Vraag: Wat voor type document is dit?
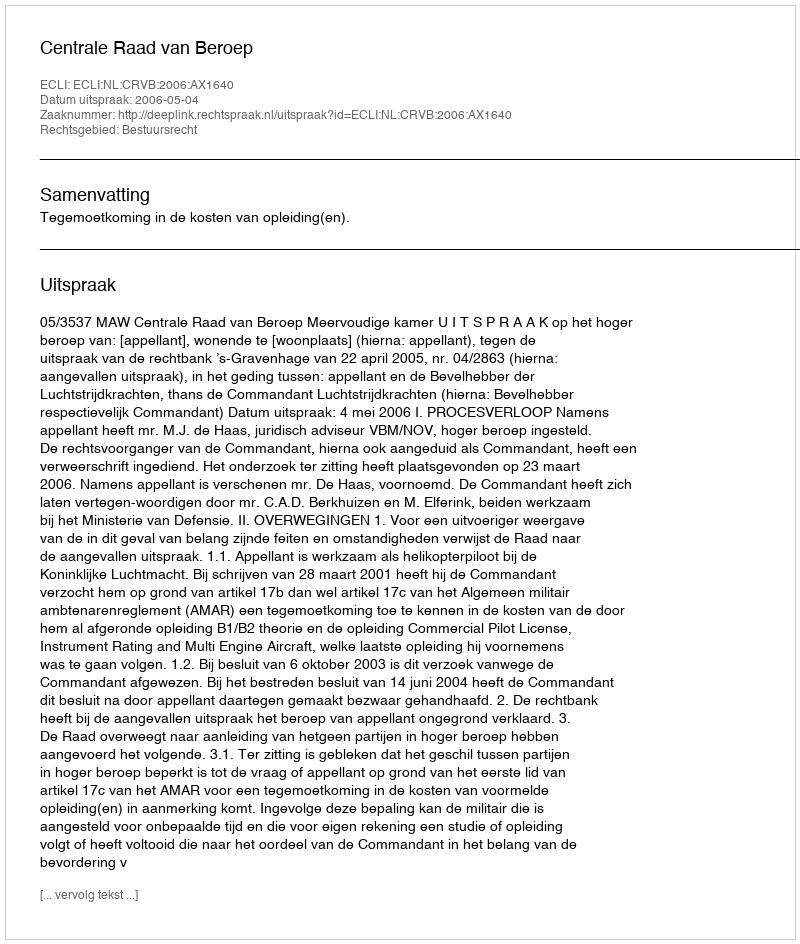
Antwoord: Uitspraak